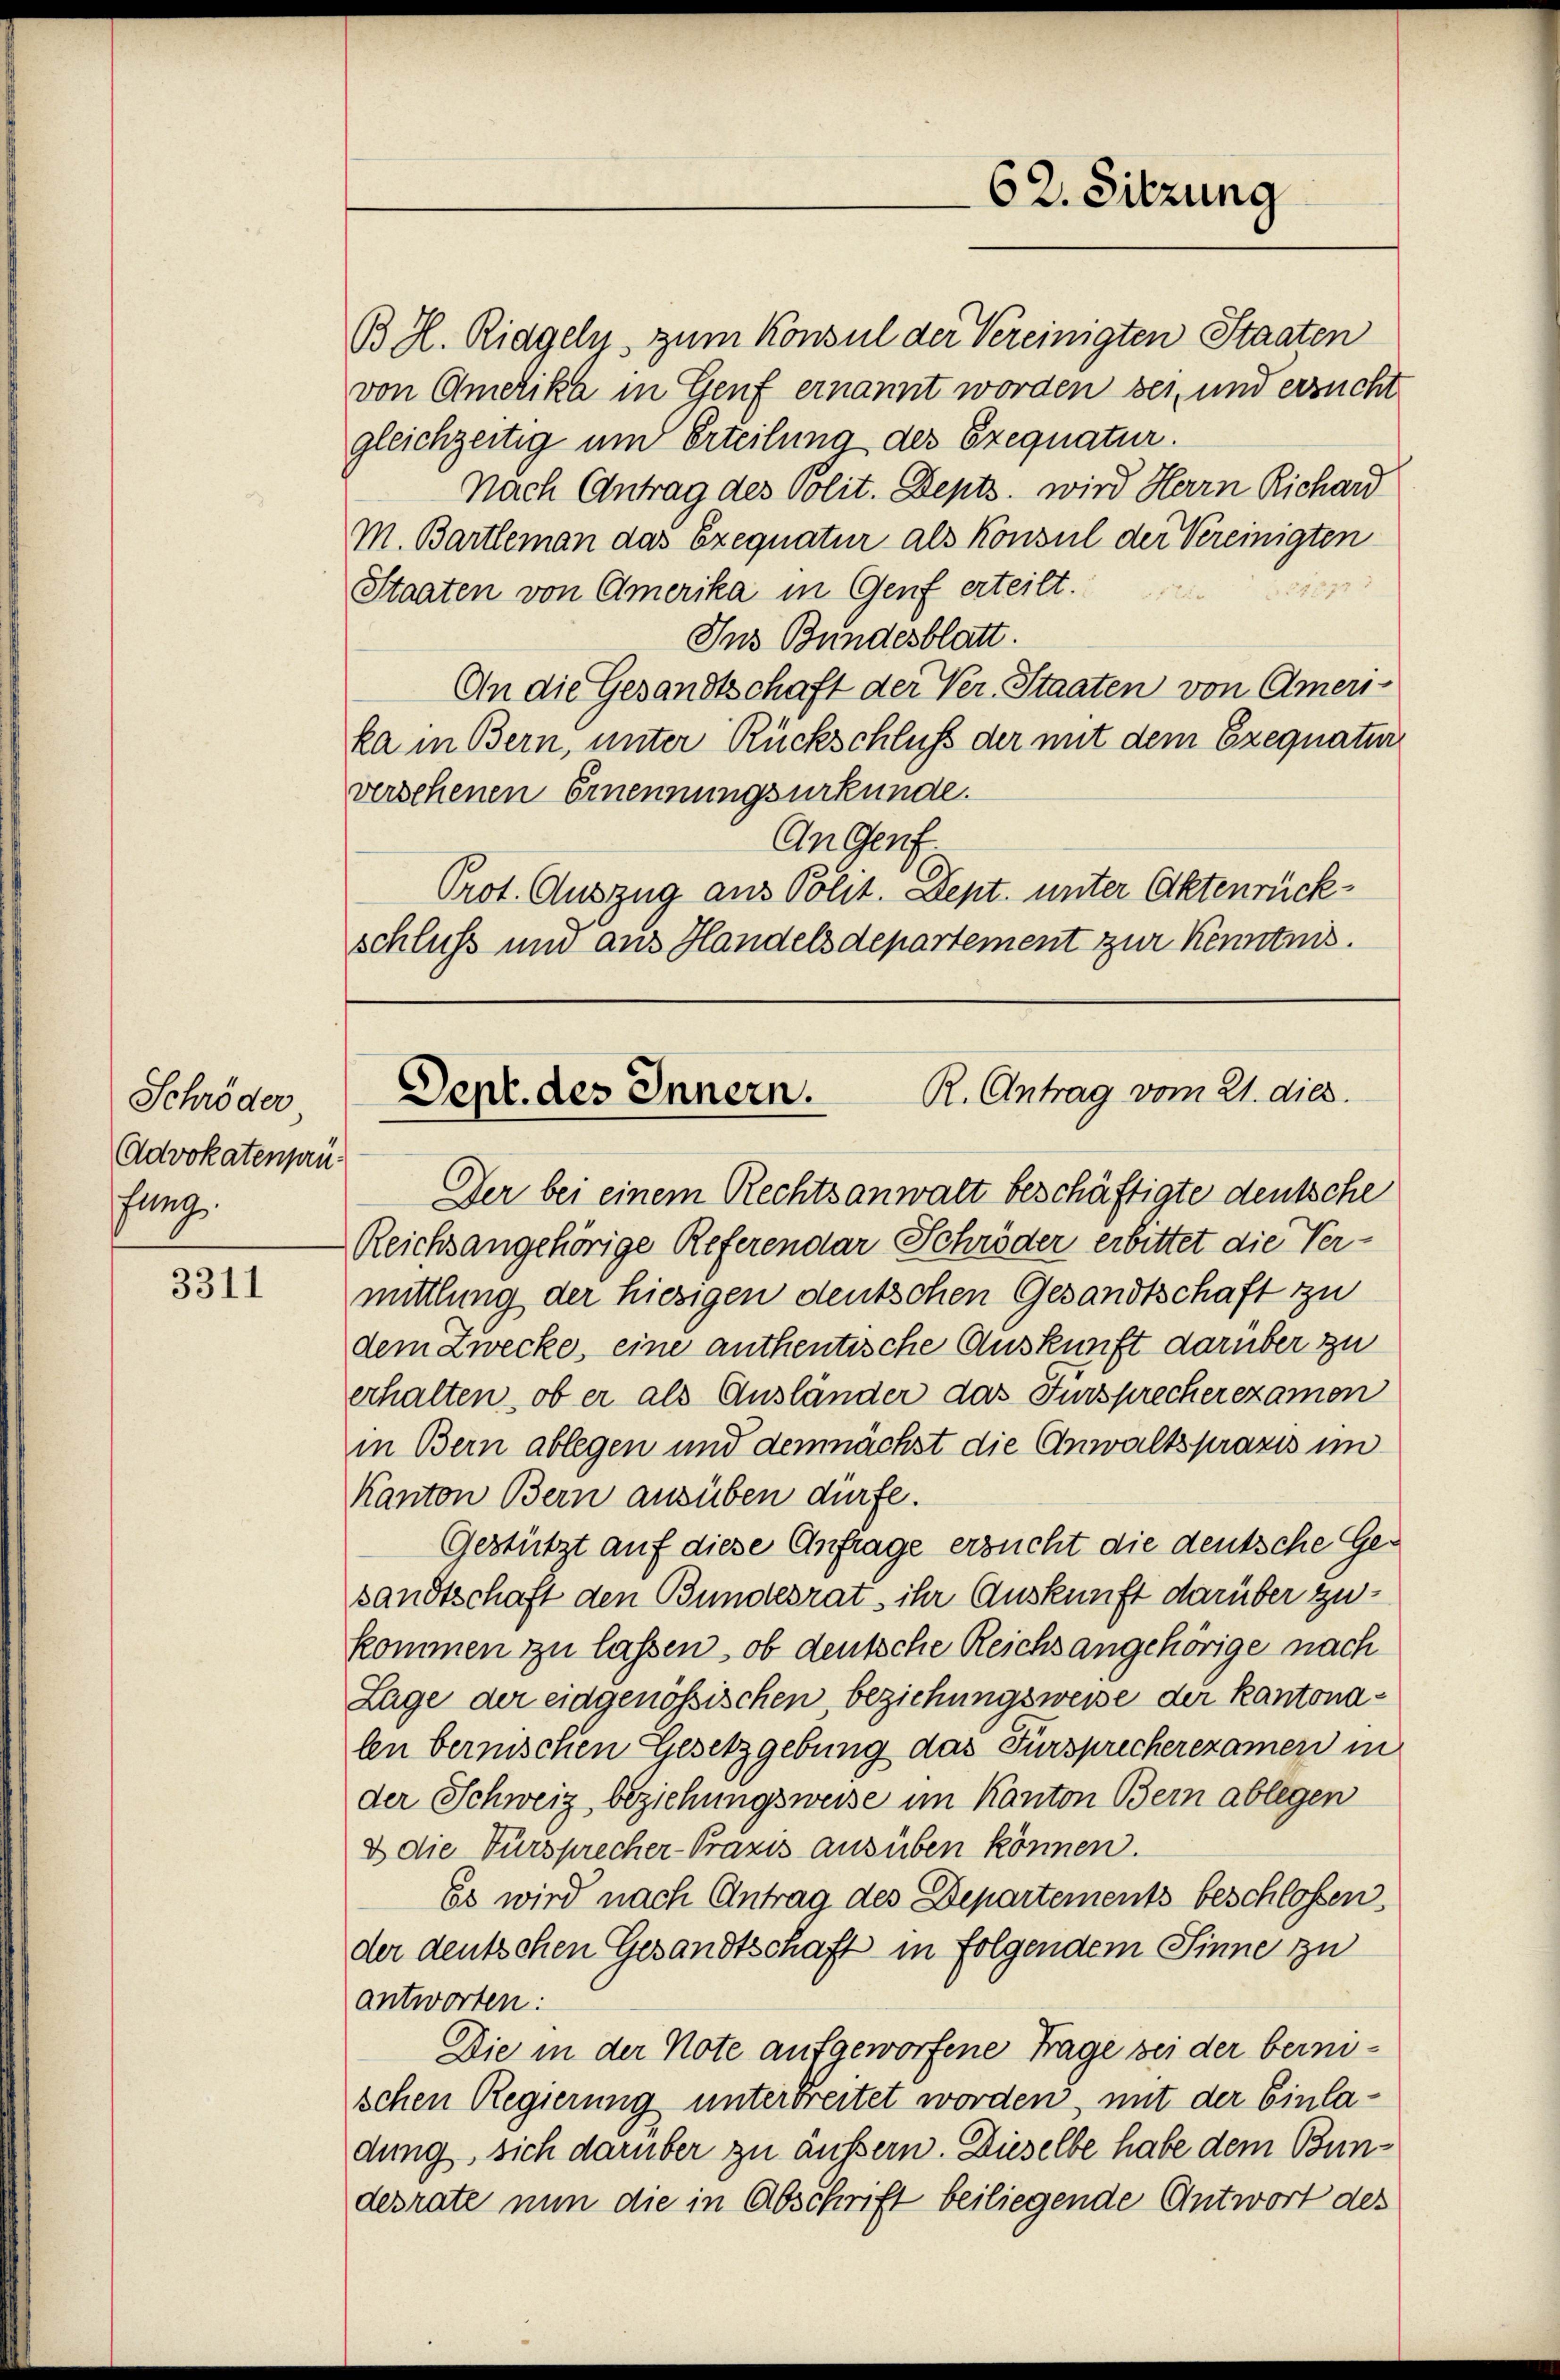
Schröder
Advokatenprüfanz

3311

B. H. Riegely, zum Konsul der Vereinigten Staaten
von Amerika in Genf ernannt worden sei, und ersucht
gleichzeitig um Erteilung des Exequatur.
Nach Antrag des Polit. Depts, wird Herrn Richard
M. Bartleman das Exequatur als Konsul der Vereinigten
Staaten von Amerika in Genf erteilt.
Ins Bundesblatt.
An die Gesandtschaft der Ver- Staaten von Amer-
ka in Bern, unter Rückschluß der mit dem Exequatur
versehenen Ernennungsurkunde.
An Genf.
Prot. Auszug aus Polit. Dept. unter Aktenrückschluss und aus Handelsdepartement zur Kenntnis.

Der bei einem Rechtsanwalt beschäftigte deutsche
Reichsangehörige Referendar Schröder erbittet die Vermittlung der hiesigen deutschen Gesandtschaft zu
dem Zwecke, eine anthentische Auskunft darüber zu
erhalten, ob er als Ausländer das Fürsprecherexamen
in Bern ablegen und demnächst die Anwaltspraxis im
Kanton Bern ausüben dürfe.
Gestützt auf diese Anfrage ersucht die deutsche Gesandtschaft den Bundesrat ihr Auskunft darüber zukommen zu lassen, ob deutsche Reichs angehörige nach
Lage der eidgenössischen beziehungsweise der Kantonalen bernischen Gesetzgebung das Fürsprecherexamen in
der Schweiz beziehungsweise im Kanton Bern ablegen
2 die Fürsprecher-Praxis ausüben können.
Es wird nach Antrag des Departements beschlossen,
der deutschen Gesandtschaft in folgendem Sinne zu
antworten:
Die in der Note aufgeworfene Frage bei der bernischen Regierung unterbreitet worden, mit der Einladung, sich darüber zu äussern. Dieselbe habe dem Bundesrate nun die in Abschrift beiliegende Antwort des

62. Sitzung

R. Antrag vom 21. dies
Sept. des Innern.